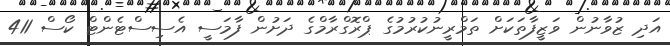
އަދި ޒުވާނުން ވަޒީފާތަކަށް ތަމްރީނުކުރުމުގެ ޕްރޮގްރާމްގެ ދަށުން ފާމަސީ އެސިސްޓެންޓް ކޯސް 411